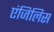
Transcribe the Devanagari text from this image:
एंजिलिस